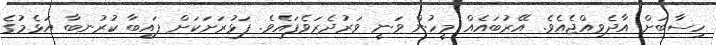
ހިސާބަށް އާދެވިއްޖެއެވެ. އޭރުބައެއް މީހުން ވަނީ ވަރުދެރަވެފައެވެ. ފަޅުރަށަކަށް ފައިބާ ކުރުނބާ އަޅެމުގެ